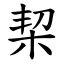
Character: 栔